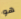
هو